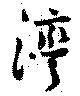
湾